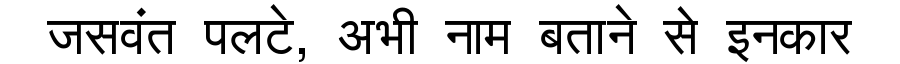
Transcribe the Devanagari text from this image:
जसवंत पलटे, अभी नाम बताने से इनकार